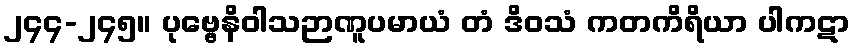
၂၄၄-၂၄၅။ ပုဗ္ဗေနိဝါသဉာဏူပမာယံ တံ ဒိဝသံ ကတကိရိယာ ပါကဋာ